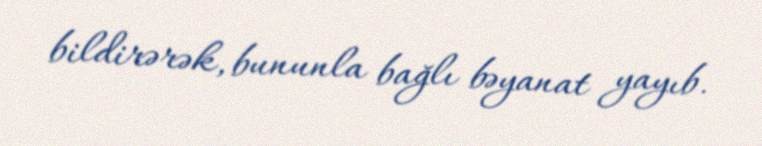
bildirərək, bununla bağlı bəyanat yayıb.